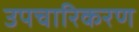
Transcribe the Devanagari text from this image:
उपचारिकरण